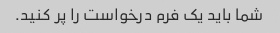
شما باید یک فرم درخواست را پر کنید.